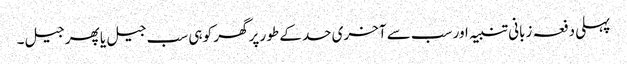
پہلی دفعہ زبانی تنبیہ اور سب سے آخری حد کے طور پر گھر کو ہی سب جیل یا پھر جیل۔